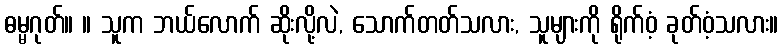
ဓမ္မဂုတ်။ ။ သူက ဘယ်လောက် ဆိုးလို့လဲ, သောက်တတ်သလား, သူများကို ရိုက်ဝံ့ ခုတ်ဝံ့သလား။